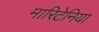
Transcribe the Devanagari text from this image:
मारिटेनिया